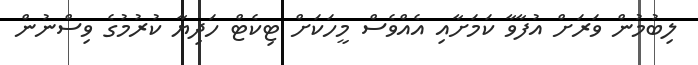
ލިބުމުން ވަރަށް އުފާވާ ކަމަށާއި އެއްވެސް މީހަކަށް ޓިކެޓް ހަދިޔާ ކުރުމުގެ ވިސްނުން